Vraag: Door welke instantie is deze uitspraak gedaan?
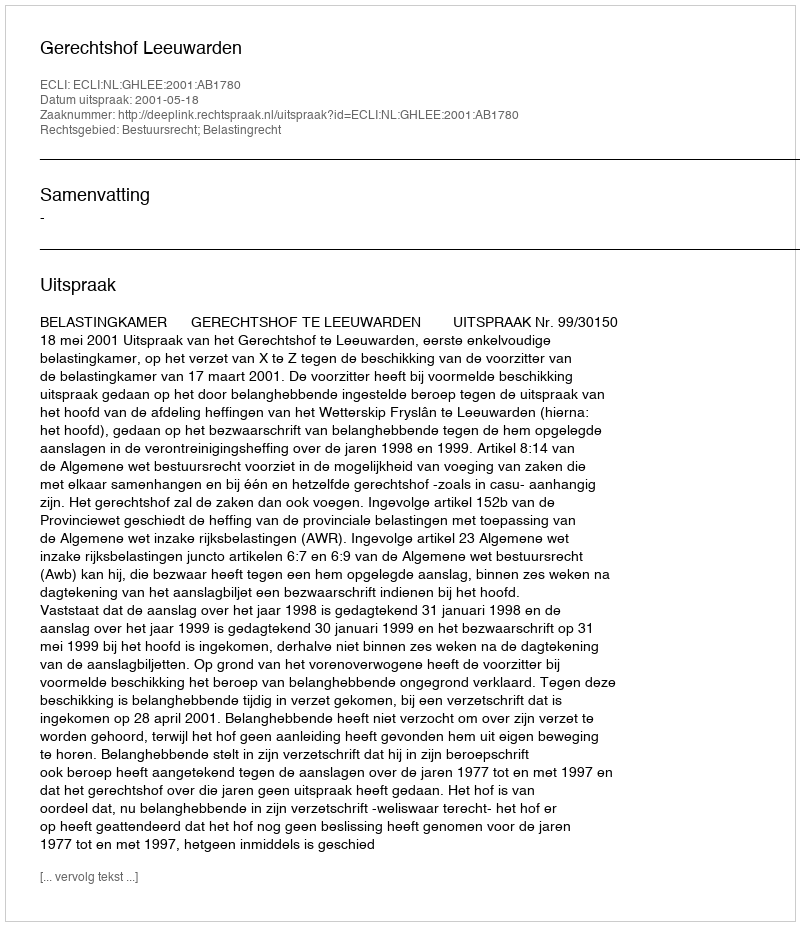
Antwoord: Gerechtshof Leeuwarden